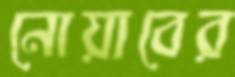
নোয়াবের